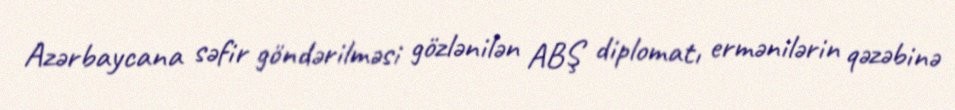
Azərbaycana səfir göndərilməsi gözlənilən ABŞ diplomatı ermənilərin qəzəbinə